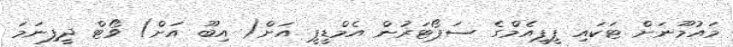
މައުމޫނަށް ޓަކައި ޕީޕީއެމްގެ ސަޕޯޓަރުން އެމްޑީޕީ އަށް( އިބޫ އަށް) ވޯޓް ދީފިނަމަ